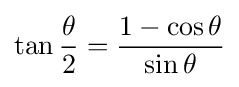
\tan {\frac {\theta }{2}}={\frac {1-\cos \theta }{\sin \theta }}